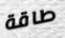
طاقة